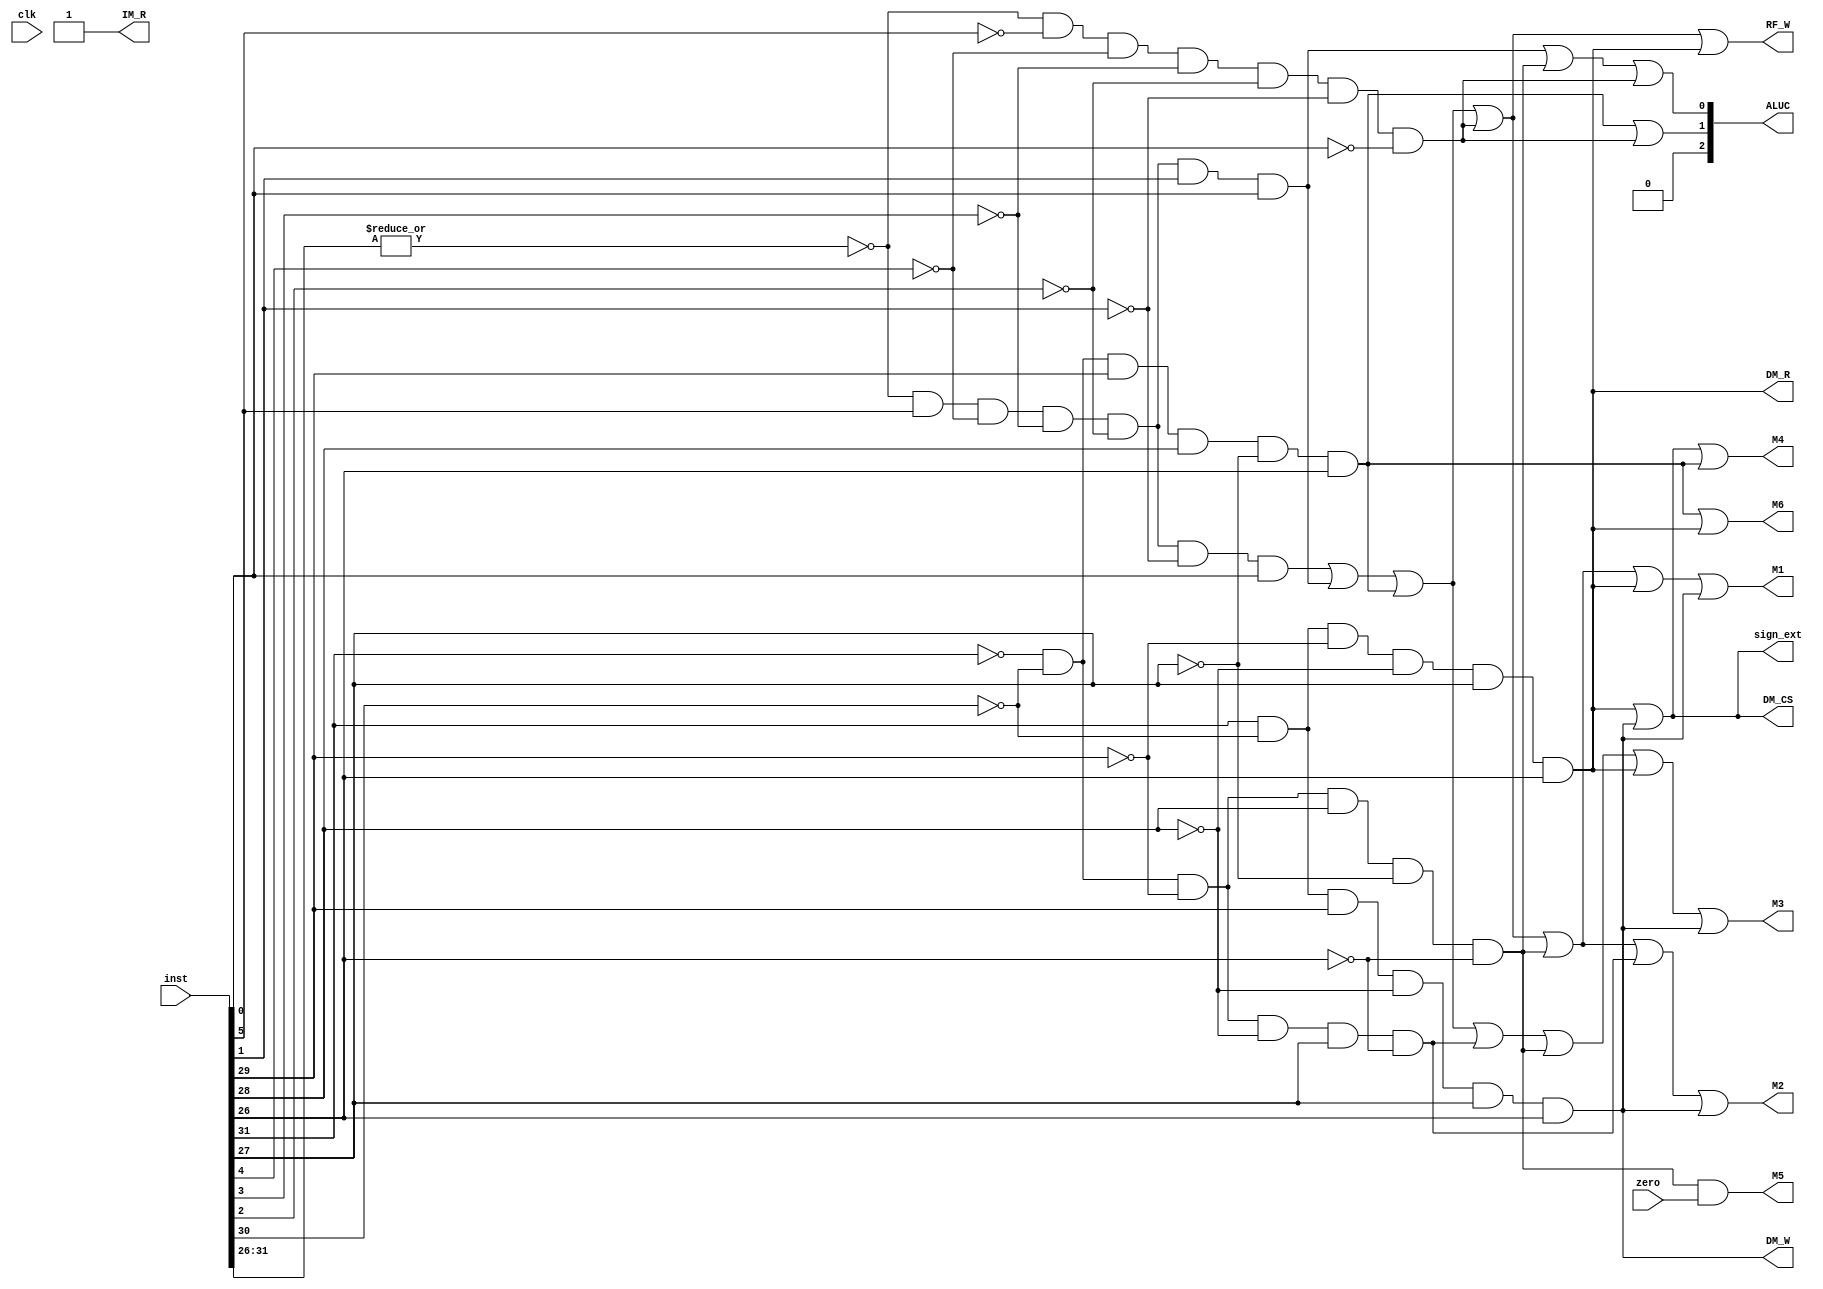
`timescale 1ns / 1ps
//////////////////////////////////////////////////////////////////////////////////
// Company: 
// Engineer: 
// 
// Design Name: 
// Module Name: decoder
// Project Name: 
// Target Devices: 
// Tool Versions: 
// Description: 
// 
// Dependencies: 
// 
// Revision:
// Revision 0.01 - File Created
// Additional Comments:
// 
//////////////////////////////////////////////////////////////////////////////////


module decoder(
input [31:0] inst,
input clk,
input zero,
output IM_R,
output M3,
//output M4_0,
//output M4_1,
output M4,
output [2:0] ALUC,
output M2,
output RF_W,
//output RF_CLK,
output M5,
output M1,
output DM_CS,
output DM_R,
output DM_W,
output M6,
output sign_ext
    );
    
wire [5:0] func=inst[5:0];  
wire [5:0] op=inst[31:26];
wire r_type=~|op;
wire addu,subu,ori,sll,lw,sw,beq,j_i;
    
assign addu=r_type &func[5]&~func[4]&~func[3]&~func[2]&~func[1]&func[0];
assign subu=r_type &func[5]&~func[4]&~func[3]&~func[2]&func[1]&func[0];    
assign ori=~op[5]&~op[4]&op[3]&op[2]&~op[1]&op[0];
assign sll=r_type &~func[5]&~func[4]&~func[3]&~func[2]&~func[1]&~func[0];
assign lw=op[5]&~op[4]&~op[3]&~op[2]&op[1]&op[0];
assign sw=op[5]&~op[4]&op[3]&~op[2]&op[1]&op[0];
assign beq=~op[5]&~op[4]&~op[3]&op[2]&~op[1]&~op[0];
assign j_i=~op[5]&~op[4]&~op[3]&~op[2]&op[1]&~op[0];

assign IM_R=1;
 
assign RF_W=addu|subu|ori|sll|lw;

assign DM_CS=lw|sw;
assign DM_R=lw;
assign DM_2=sw;
assign DM_W=sw;

assign ALUC[2]=0;
assign ALUC[1]=ori|sll;
assign ALUC[0]=subu|beq|sll;

assign M1=addu|subu|ori|sll|beq|lw|sw;
assign M2=addu|subu|ori|sll|beq|j_i|sw;
assign M3=addu|subu|ori|j_i|beq|lw|sw;
//assign M4_0=ori;
//assign M4_1=lw|sw;
assign M4=lw|sw|ori;
assign M5=beq&zero;
assign M6=ori|lw;

assign sign_ext=lw | sw;

endmodule